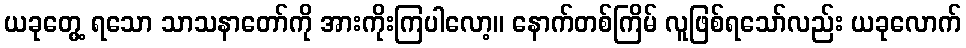
ယခုတွေ့ ရသော သာသနာတော်ကို အားကိုးကြပါလော့။ နောက်တစ်ကြိမ် လူဖြစ်ရသော်လည်း ယခုလောက်